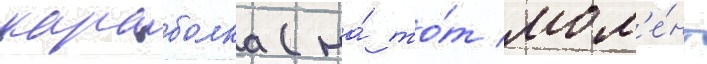
караболка (на́ то́т мом'е́нт